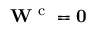
{ \bf W } ^ { \mathrm { ~ c ~ } } = \bf 0